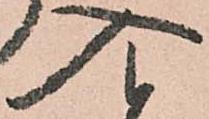
入